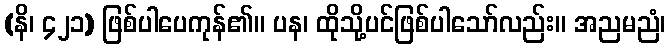
(နိ၊ ၄၂၁) ဖြစ်ပါပေကုန်၏။ ပန၊ ထိုသို့ပင်ဖြစ်ပါသော်လည်း။ အညမညံ၊